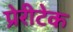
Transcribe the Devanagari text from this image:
प्रेरीटेक